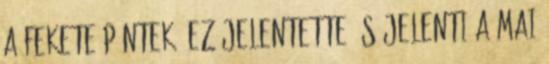
a fekete péntek, ez jelentette és jelenti a mai